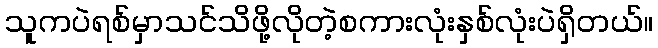
သူကပဲရစ်မှာသင်သိဖို့လိုတဲ့စကားလုံးနှစ်လုံးပဲရှိတယ်။